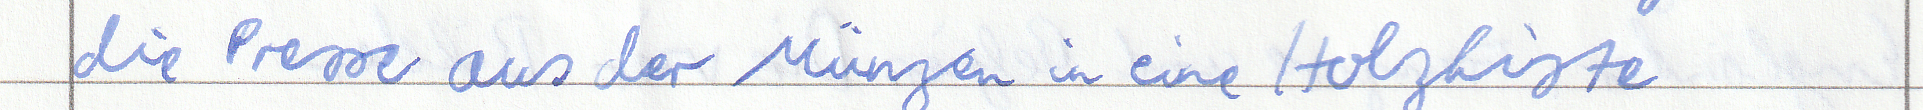
die Presse aus der Münzen in eine Holzkiste